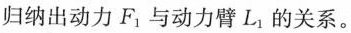
归纳出动力F_{1}与动力臂L_{1}的关系。